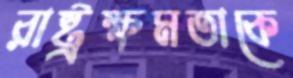
রাষ্ট্রক্ষমতাকে